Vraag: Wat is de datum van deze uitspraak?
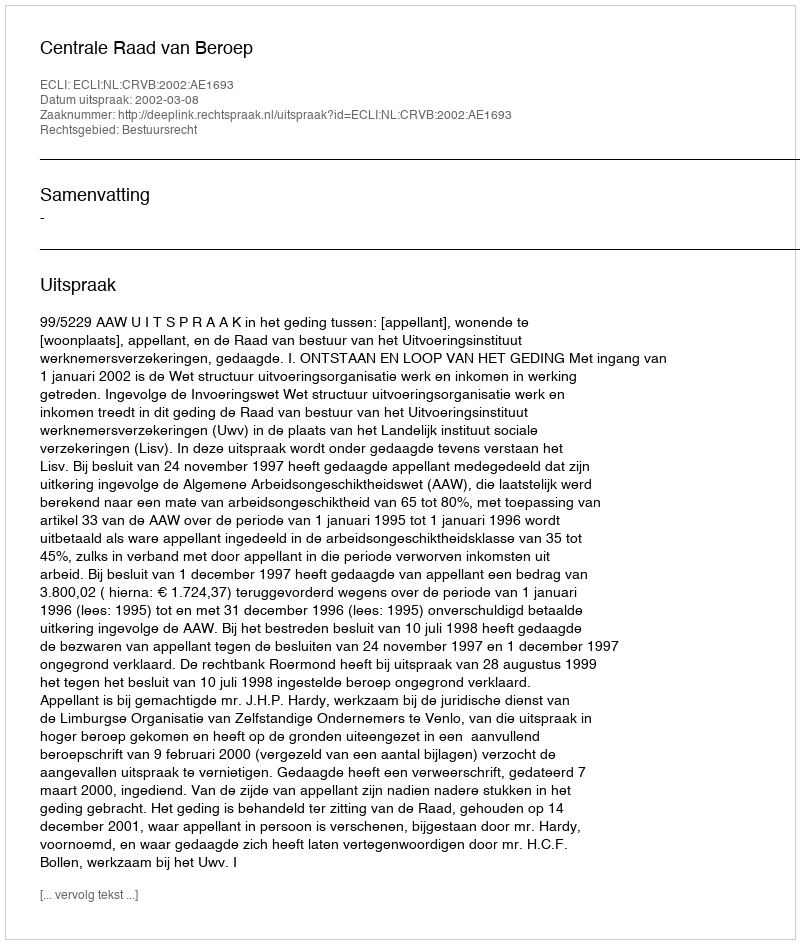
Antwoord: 2002-03-08